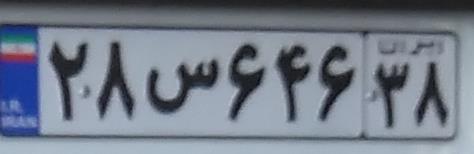
۲۸س۶۴۶۳۸